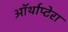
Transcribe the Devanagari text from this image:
ऑर्थाप्टेरा